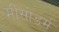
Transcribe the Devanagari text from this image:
मीसोडर्म